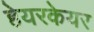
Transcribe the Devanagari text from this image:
हेयरकेयर